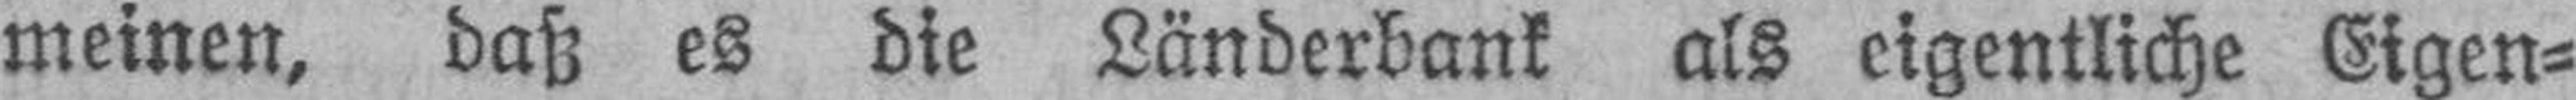
meinen, daß es die Länderbank als eigentliche Eigen¬